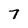
Character: 7